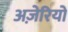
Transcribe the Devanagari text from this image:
अज़ेरियों